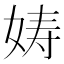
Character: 𫝩